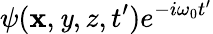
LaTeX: \psi(\mathbf{x},\mathit{y},z,t^{\prime})e^{-i\omega_{0}t^{\prime}}